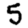
Digit: 5